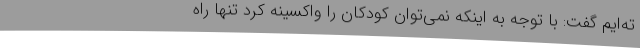
ته‌ایم گفت: با توجه به اینکه نمی‌توان کودکان را واکسینه کرد تنها راه